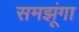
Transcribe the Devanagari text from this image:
समझूंगा